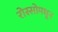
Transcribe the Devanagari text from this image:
रोस्सोमधून